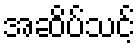
အဆိပ်သင့်